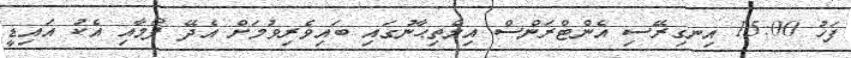
ފަހު 15:00 އިނގިރޭސި އެންޓްރަންސް އިމްތިޙާނުގައި ބައިވެރިވުމަށް އެދޭ ފޯމާއި އެކު އައިޑީ